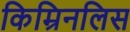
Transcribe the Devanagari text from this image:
किम्रिनलिस